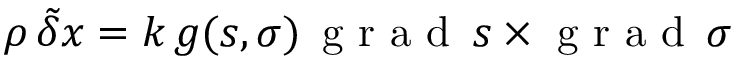
\rho \, \tilde { \delta } \boldsymbol { x } = k \, g ( s , \sigma ) \, \mathrm { ~ g ~ r ~ a ~ d ~ } \, s \times \mathrm { ~ g ~ r ~ a ~ d ~ } \, \sigma